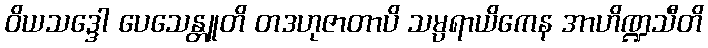
ဝိယသဒ္ဒေါ ပေသေန္တူတိ တဒဟုဇာတာပိ သမ္ပရာယိကေန အာဟိဏ္ဍသီတိ